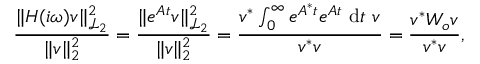
\frac { \| \b { H } ( i \omega ) \b { v } \| _ { \mathcal { L } _ { 2 } } ^ { 2 } } { \| \b { v } \| _ { 2 } ^ { 2 } } = \frac { \| e ^ { \b { A } t } \b { v } \| _ { \mathcal { L } _ { 2 } } ^ { 2 } } { \| \b { v } \| _ { 2 } ^ { 2 } } = \frac { \b { v } ^ { * } \int _ { 0 } ^ { \infty } e ^ { \b { A } ^ { * } t } e ^ { \b { A } t } ~ \mathrm { d } t ~ \b { v } } { \b { v } ^ { * } \b { v } } = \frac { \b { v } ^ { * } \b { W _ { o } } \b { v } } { \b { v } ^ { * } \b { v } } ,